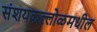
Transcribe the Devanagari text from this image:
संशयकल्लोळमधील